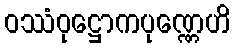
ဝဿံဝုဋ္ဌောကပုဏ္ဏေဟိ